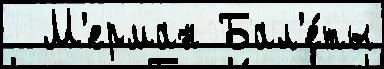
  М'ерман Бал'е́ты